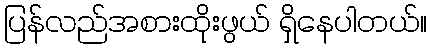
ပြန်လည်အစားထိုးဖွယ် ရှိနေပါတယ်။